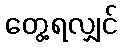
တွေ့ရလျှင်